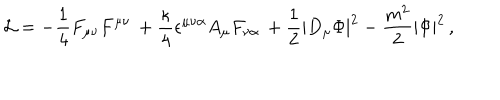
{ \cal L } = - { \frac { 1 } { 4 } } F _ { \mu \nu } F ^ { \mu \nu } \, + { \frac { \kappa } { 4 } } \epsilon ^ { \mu \nu \alpha } A _ { \mu } F _ { \nu \alpha } \, + { \frac { 1 } { 2 } } | D _ { \mu } \Phi | ^ { 2 } - \frac { m ^ { 2 } } { 2 } | \Phi | ^ { 2 } \, ,